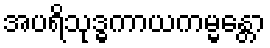
အပရိသုဒ္ဓကာယကမ္မန္တော